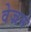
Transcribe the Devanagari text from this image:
वेज्रम